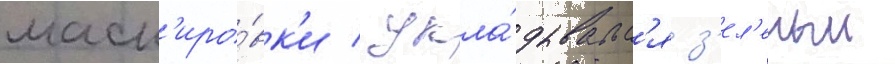
маск'иро́вк'и / укла́дывалс'я з'ел'еныи